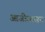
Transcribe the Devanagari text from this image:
आजीवासन